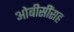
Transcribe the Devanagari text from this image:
ओबीसींसह